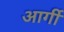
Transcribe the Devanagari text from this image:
आर्गी